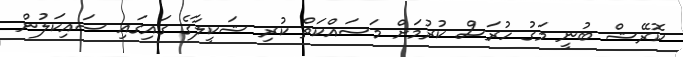
ކޮރޭޝް ބުނީ މަގު ހުރަސް ކުރުމަށް މަސައްކަތް ކުރި ޝަކީލާގެ ގައިގައި ސައިކަލުން